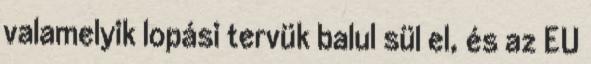
valamelyik lopási tervük balul sül el, és az EU